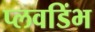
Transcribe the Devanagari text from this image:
प्लवडिंभ